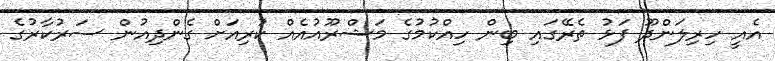
އެއީ ހިރިލަންދޫ ފަޅު ތެރޭގައި ބިން ހިއްކުމުގެ މަޝްރޫއުއެއް ކުރިއަށް ގެންދިއުން ސަރުކާރުގެ